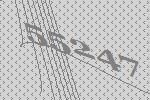
55247